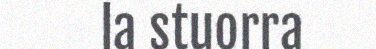
la stuorra